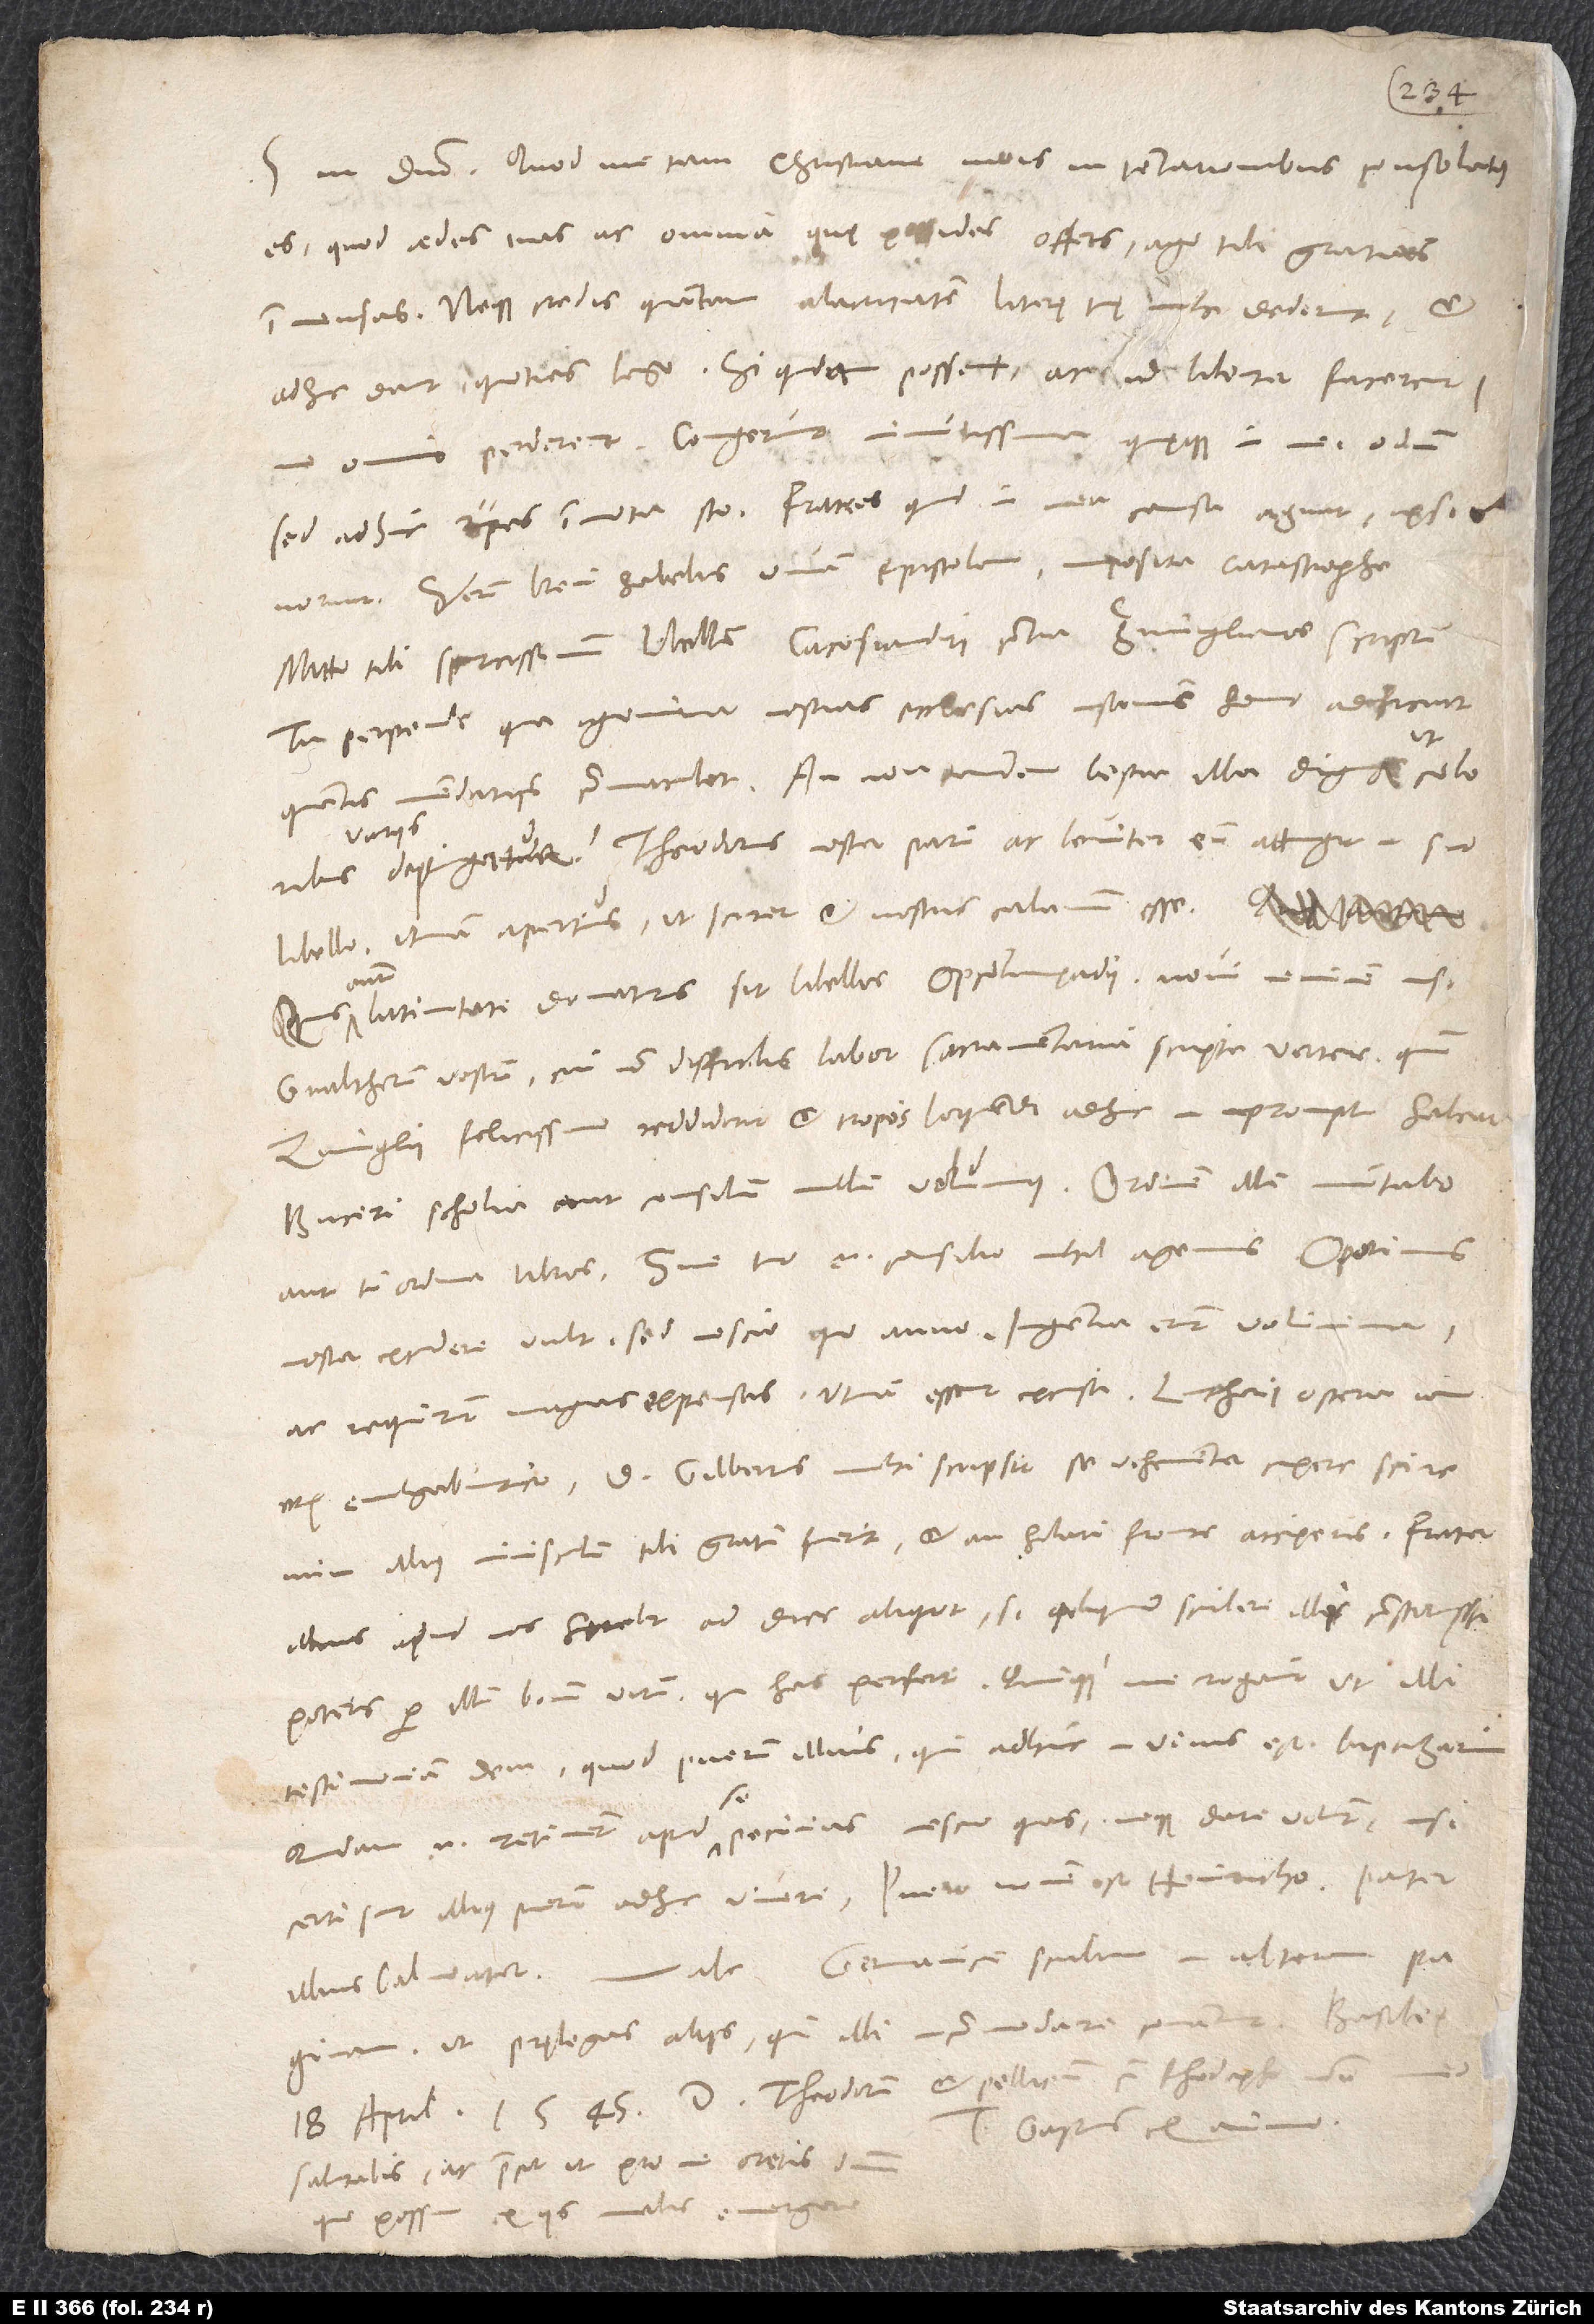
S. in domino. Quod me tam christiane meis in tentationibus consolatus
es, quod aedes tuas ac omnia, quę possides, offers, ago tibi gratias
immensas. Neque credas, quantam alacritatem literę tuę mihi dederunt et
adhuc dant, quoties lego. Si quidam possent, ac id libenter facerent,
S.
sed adhuc rupes immota sto. Fratres, quid in mea causa agunt, ipsi
norunt. Verum brevi habebis vivam epistolam imposita catastrophe.
Mitto tibi spurcissimum libellum Cacosiandri contra Zvinglianos scriptum.
Tu perpende, qua ignominia nostras ecclesias insomnis homo adficiat,
quantis mendatiis commaculet. Annon tandem bestia illa digna, ut coloribus
variis
depingatur? Theodorus noster parum ac leviter eum attingit in suo
libello; utinam apertius, ut sciret et nostris calamum esse!
autem
Latinitati donaturus sit libellos Oecolampadii, novi neminem nisi
Gvaltherum vestrum, cui non difficilis labor sacramentaria scripta vertere, quum
Zvinglii felicissime reddiderit et tropos loquendi adhuc in promptu habeat.
Buceri scholia aut consilium nullum volumus. Ordinem illi nuntiabo,
aut tu ordina libros; sine tuo enim consilio nihil agemus. Oporinus
noster excudere vult, sed nescio quo anno; ingentia erunt volumina,
ac requirunt magnas expensas. Utinam essent excusa! Lutheri opera iam
num illius munusculum tibi gratum fuerit et an hilari fronte acceperis. Frater
illius apud nos hęrebit ad dies aliquot. Si aliquid scribere illi constituisses,
poteris per illum bonum virum, qui has perfert quique me rogavit, ut illi
testimonium dem, quod puerum illius, qui adhuc in vivis est, baptizarim.
Quidam enim retinent apud se pecunias nescio quas neque dare volunt, nisi
certi sunt illius puerum adhuc vivere. Puero nomen est Heinricho; pater
paginam, ut pręlegas aliis, qui illi incommodare conantur.
salutabis, ac precor, ut pro me oretis dominum,
quo possim ex iis malis emergere.